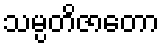
သမ္ပတိဇာတော